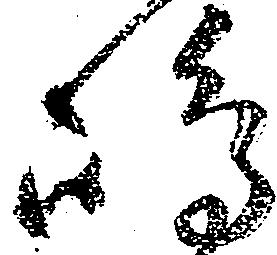
嶋